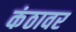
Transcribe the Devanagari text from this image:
कंठावर